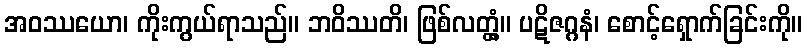
အဝဿယော၊ ကိုးကွယ်ရာသည်။ ဘဝိဿတိ၊ ဖြစ်လတ္တံ့။ ပဋိဇဂ္ဂနံ၊ စောင့်ရှောက်ခြင်းကို။